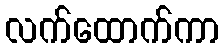
လက်ထောက်ကာ